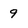
Character: 9